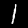
Label: 1